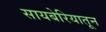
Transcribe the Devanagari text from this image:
सायबेरियातून